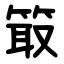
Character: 箃